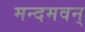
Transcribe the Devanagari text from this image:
मन्दमवन्